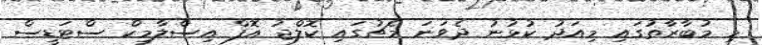
މި މުބާރާތުގައި މިއަދު ކުޅުނު ދެވަނަ މެޗުގައި ކޮލްޖު އޮފް އިސްލާމިކް ސްޓަޑީސް